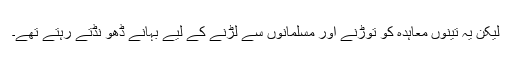
لیکن یہ تینوں معاہدہ کو توڑنے اور مسلمانوں سے لڑنے کے لیے بہانے ڈھو نڈتے رہتے تھے۔